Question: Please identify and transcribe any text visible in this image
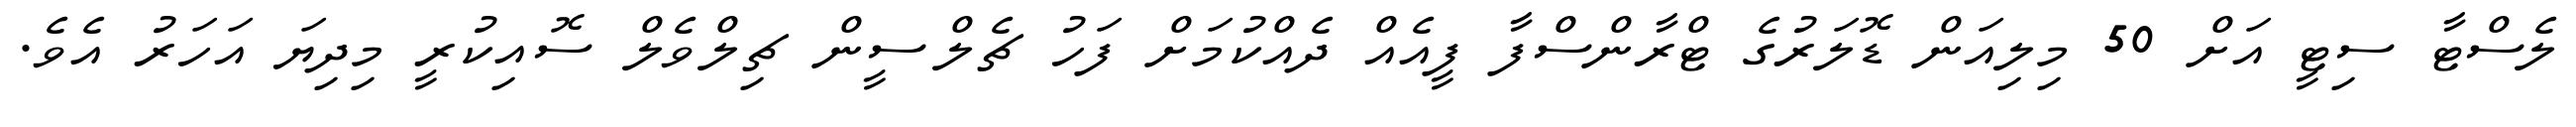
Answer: ލެސްޓާ ސިޓީ އަށް 50 މިލިއަން ޑޮލަރުގެ ޓްރާންސްފާ ފީއެއް ދެއްކުމަށް ފަހު ޗެލްސީން ޗިލްވެލް ސޮއިކުރީ މިދިޔަ އަހަރު އެވެ.